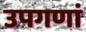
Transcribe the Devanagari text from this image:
उपगणां